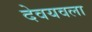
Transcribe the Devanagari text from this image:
देवयवला